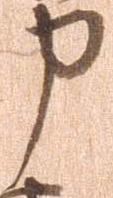
申